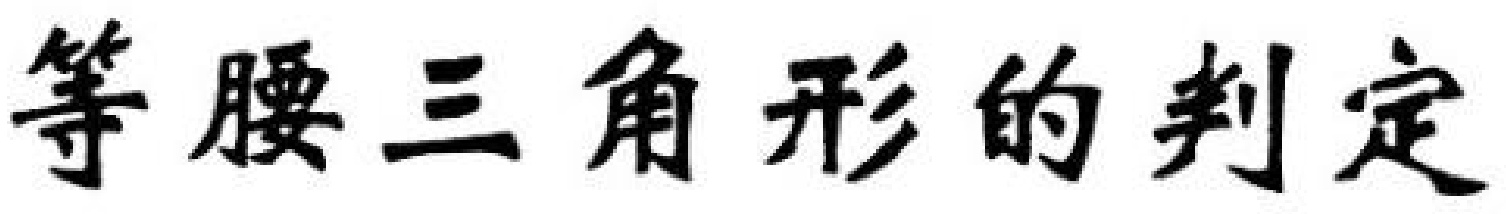
等腰三角形的判定